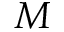
M